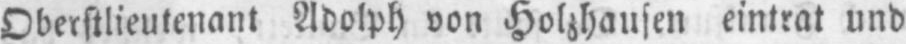
Oberstlieutenant Adolph von Holzhausen eintrat und